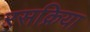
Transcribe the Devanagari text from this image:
रसक्रिया